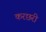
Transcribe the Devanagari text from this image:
करछरी